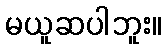
မယူဆပါဘူး။